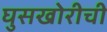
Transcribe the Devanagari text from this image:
घुसखोरीची